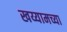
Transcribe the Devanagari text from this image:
खय्यामच्या